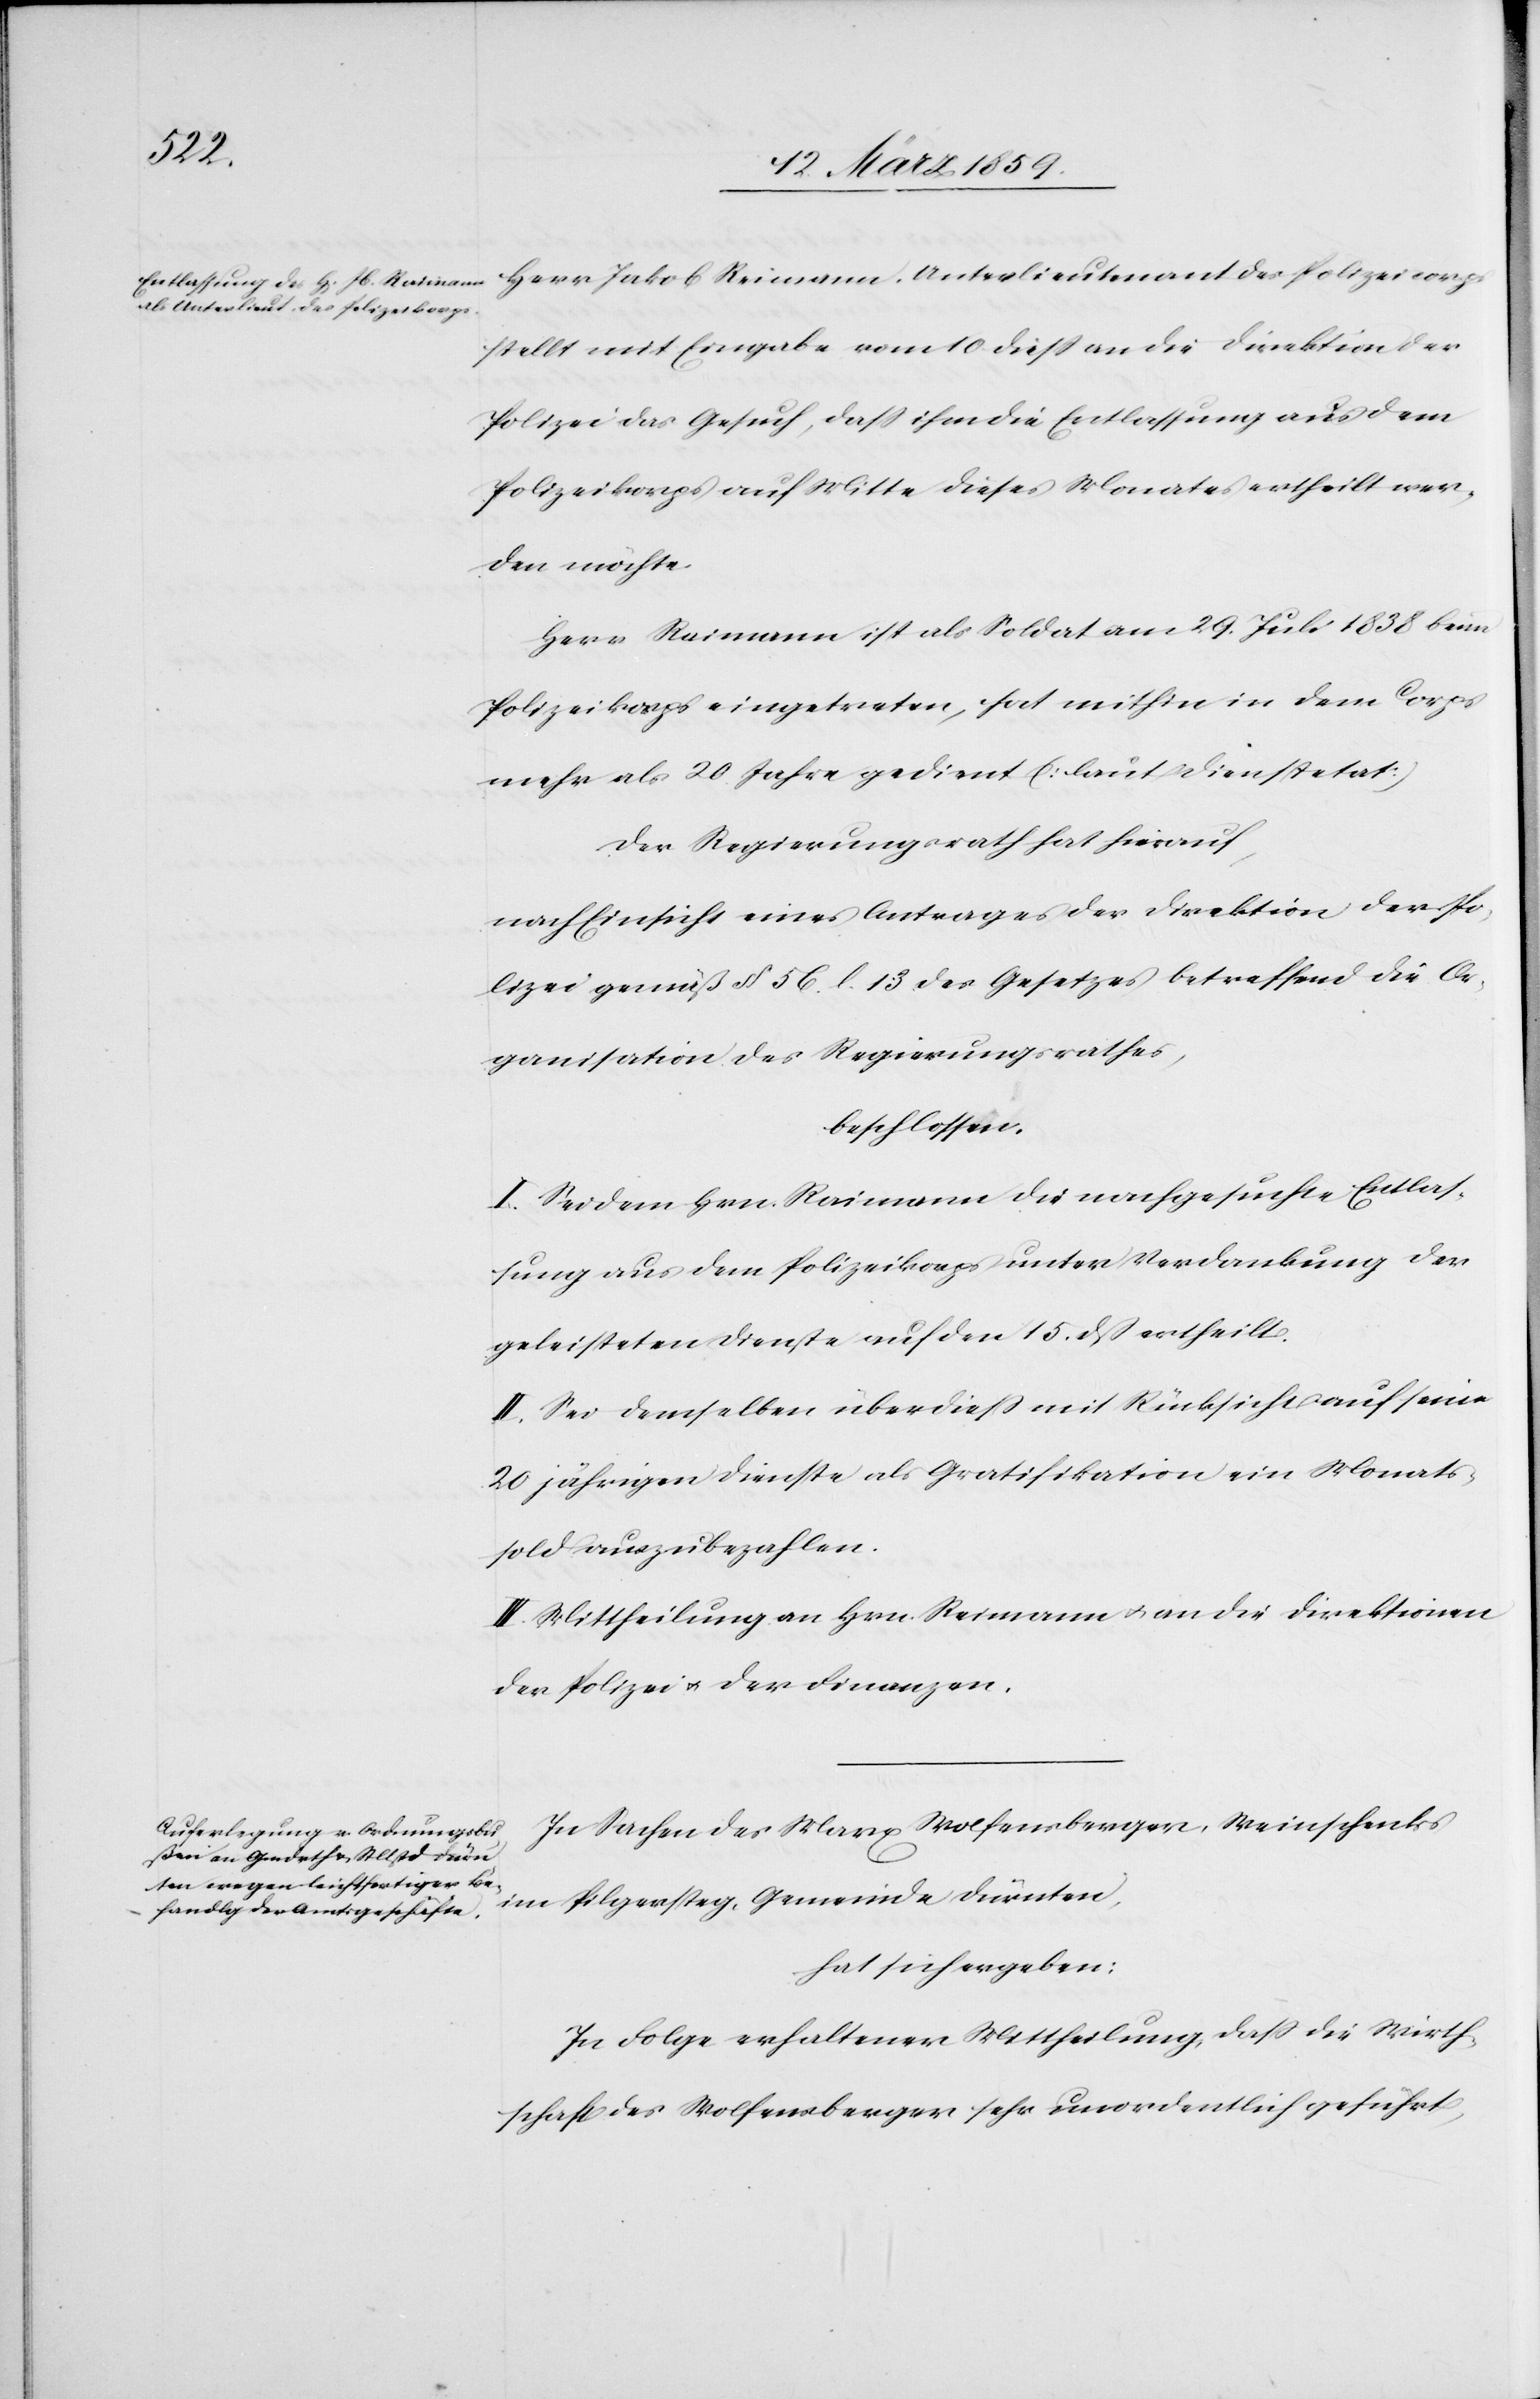
Herr Jakob Reimann [sic!], Unterlieutenant des Polizeicorps
stellt mit Eingabe vom 10. dieß an die Direktion der
Polizei das Gesuch, daß ihm die Entlassung aus dem
Polizeikorps auf Mitte dieses Monats ertheilt wer¬
den möchte.
Herr Raimann ist als Soldat am 29. Juli 1838 beim
Polizeikorps eingetreten, hat mithin in dem Corps
mehr als 20 Jahre gedient [laut Dienstetat][.]
Der Regierungsrath hat hierauf,
nach Einsicht eines Antrages der Direktion der Po¬
lizei gemäß § 56. l. 13. des Gesetzes betreffend die Or¬
ganisation des Regierungsrathes,
beschlossen:
I. Sei dem Hrn. Raimann die nachgesuchte Entlas¬
sung aus dem Polizeikorps unter Verdankung der
geleisteten Dienste auf den 15. dß ertheilt.
II. Sei demselben überdieß mit Rücksicht auf seine
20 jährigen Dienste als Gratifikation ein Monats¬
sold auszubezahlen.
III. Mittheilung an Hrn. Reimann u. an die Direktionen
der Polizei u. der Finanzen.
In Sachen des Marx Wolfensberger, Weinschenks
im Pilgersteg, Gemeinde Dürnten,
hat sich ergeben:
In Folge erhaltener Mittheilung, daß die Wirth¬
schaft des Wolfensberger sehr unordentlich geführt,